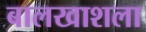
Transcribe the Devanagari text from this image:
बालखाशला